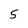
Character: 5